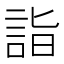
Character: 詣